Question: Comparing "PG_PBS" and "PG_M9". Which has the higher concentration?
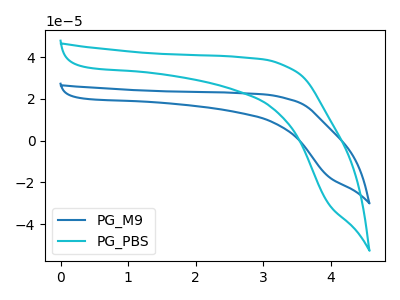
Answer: <think>The blue curve "PG_M9" has no peaks. The cyan curve "PG_PBS" has no peaks.
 Neither "PG_PBS" or "PG_M9" have any peaks.</think>
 <answer>I cant tell if "PG_PBS" or "PG_M9" has higher concentration.</answer>
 <eval>mixed_concentration</eval>